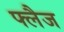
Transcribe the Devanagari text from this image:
फ्लैज